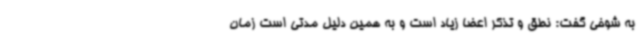
به شوخی گفت: نطق و تذکر اعضا زیاد است و به همین دلیل مدتی است زمان